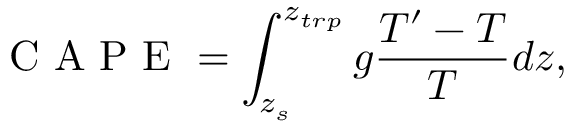
\textrm { C A P E } = \int _ { z _ { s } } ^ { z _ { t r p } } g \frac { T ^ { \prime } - T } { T } d z ,